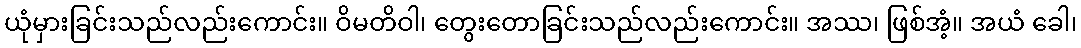
ယုံမှားခြင်းသည်လည်းကောင်း။ ဝိမတိဝါ၊ တွေးတောခြင်းသည်လည်းကောင်း။ အဿ၊ ဖြစ်အံ့။ အယံ ခေါ၊